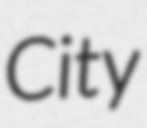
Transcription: City